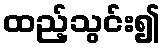
ထည့်သွင်း၍